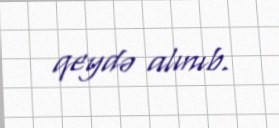
qeydə alınıb.